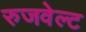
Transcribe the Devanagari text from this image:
रुजवेल्ट